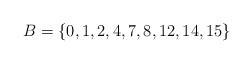
LaTeX: \begin{align*}B = \{ 0, 1, 2, 4, 7, 8, 12, 14, 15 \}\end{align*}